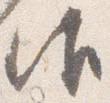
御